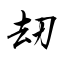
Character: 刼